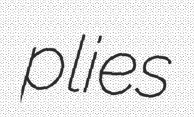
plies